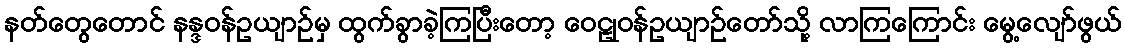
နတ်တွေတောင် နန္ဒဝန်ဥယျာဉ်မှ ထွက်ခွာခဲ့ကြပြီးတော့ ဝေဠုဝန်ဥယျာဉ်တော်သို့ လာကြကြောင်း မွေ့လျော်ဖွယ်